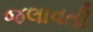
જલાવતી